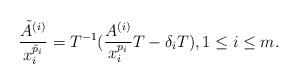
\begin{align*} \frac{\tilde{A}^{(i)} }{ x^{\tilde{p}_i}_i} = T^{-1} ( \frac{A^{(i)}}{ x^{p_i}_i} T - \delta_i T), 1 \leq i \leq m .\end{align*}